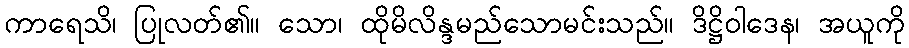
ကာရေသိ၊ ပြုလတ်၏။ သော၊ ထိုမိလိန္ဒမည်သောမင်းသည်။ ဒိဋ္ဌိဝါဒေန၊ အယူကို